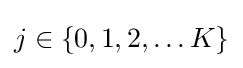
{\textstyle j\in \{0,1,2,\ldots K\}}